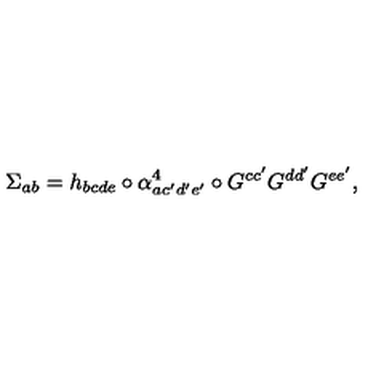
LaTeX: \Sigma _ { a b } = h _ { b c d e } \circ \alpha _ { a c ^ { \prime } d ^ { \prime } e ^ { \prime } } ^ { 4 } \circ G ^ { c c ^ { \prime } } G ^ { d d ^ { \prime } } G ^ { e e ^ { \prime } } ,